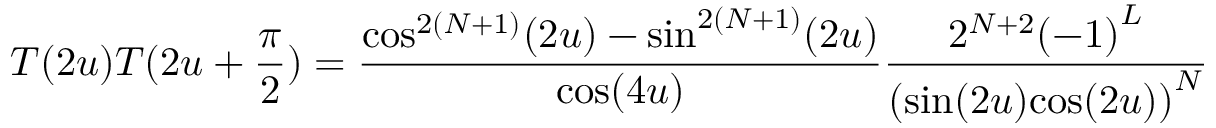
T ( 2 u ) T ( 2 u + \frac { \pi } { 2 } ) = \frac { { \cos } ^ { 2 ( N + 1 ) } ( 2 u ) - { \sin } ^ { 2 ( N + 1 ) } ( 2 u ) } { \cos ( 4 u ) } \frac { 2 ^ { N + 2 } { ( - 1 ) } ^ { L } } { ( { { \sin } ( 2 u ) { \cos } ( 2 u ) ) } ^ { N } }